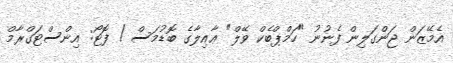
އެމޭޒަން ޖަންގަލިން ފެނުނު "ހަމްޕްބެކް ވޭލް" ޢާއިލާގެ ބޮޑުމަސް / ފޮޓޯ: އިންސްޓަގްރާމް